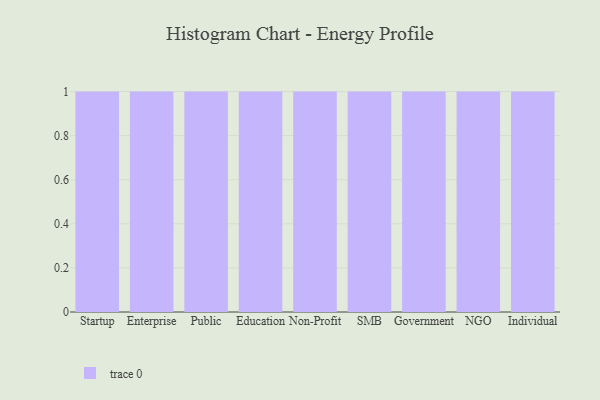
{"axis": {"x": "Segment", "y": "Satisfaction Score"}, "legend": [""], "data": [{"x": "Startup", "y": 50, "type": ""}, {"x": "Enterprise", "y": 53, "type": ""}, {"x": "Public", "y": 79, "type": ""}, {"x": "Education", "y": 89, "type": ""}, {"x": "Non-Profit", "y": 57, "type": ""}, {"x": "SMB", "y": 88, "type": ""}, {"x": "Government", "y": 99, "type": ""}, {"x": "NGO", "y": 20, "type": ""}, {"x": "Individual", "y": 11, "type": ""}]}